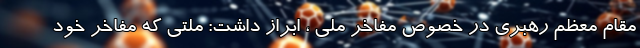
مقام معظم رهبری در خصوص مفاخر ملی ، ابراز داشت: ملتی که مفاخر خود